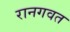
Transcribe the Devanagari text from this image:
रानगवत